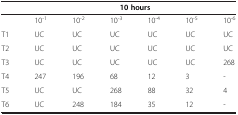
<table><thead><tr><td><b> </b></td><td colspan="6"><b>10 hours</b></td></tr></thead><tbody><tr><td> </td><td>10<sup>-1</sup></td><td>10<sup>-2</sup></td><td>10<sup>-3</sup></td><td>10<sup>-4</sup></td><td>10<sup>-5</sup></td><td>10<sup>-6</sup></td></tr><tr><td>T1</td><td>UC</td><td>UC</td><td>UC</td><td>UC</td><td>UC</td><td>UC</td></tr><tr><td>T2</td><td>UC</td><td>UC</td><td>UC</td><td>UC</td><td>UC</td><td>UC</td></tr><tr><td>T3</td><td>UC</td><td>UC</td><td>UC</td><td>UC</td><td>UC</td><td>268</td></tr><tr><td>T4</td><td>247</td><td>196</td><td>68</td><td>12</td><td>3</td><td>-</td></tr><tr><td>T5</td><td>UC</td><td>UC</td><td>268</td><td>88</td><td>32</td><td>4</td></tr><tr><td>T6</td><td>UC</td><td>248</td><td>184</td><td>35</td><td>12</td><td>-</td></tr></tbody></table>